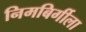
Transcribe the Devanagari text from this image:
निमबिर्गीला